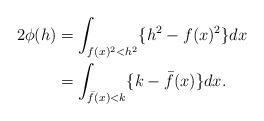
LaTeX: \begin{align*} \begin{aligned} 2\phi(h)&=\int_{f(x)^2<h^2}\{h^2-f(x)^2\}dx\\ &=\int_{\bar{f}(x)<k}\{k-\bar{f}(x)\}dx. \end{aligned} \end{align*}